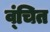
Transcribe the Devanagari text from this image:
व्ंचित